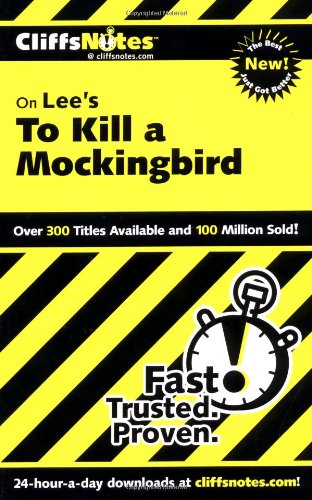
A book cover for On Lee's To Kill a Mockingbird (Cliffs Notes); Cliffs; Literature & Fiction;